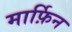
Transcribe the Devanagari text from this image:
मार्फ़िन